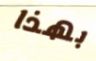
بهذا